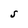
Character: S